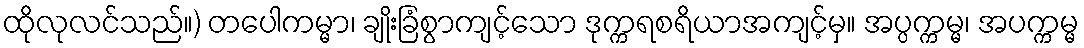
ထိုလုလင်သည်။) တပေါကမ္မာ၊ ချိုးခြံစွာကျင့်သော ဒုက္ကရစရိယာအကျင့်မှ။ အပ္ပက္ကမ္မ၊ အပက္ကမ္မ